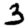
Digit: 3